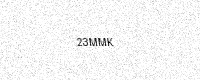
Text: 23MMK